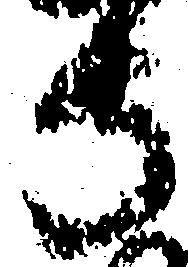
寺